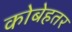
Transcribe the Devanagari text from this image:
कोबेहतर